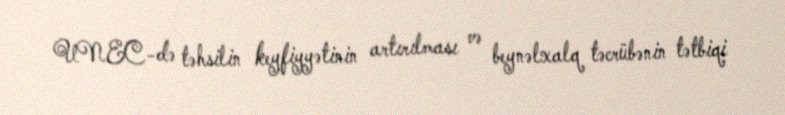
UNEC-də təhsilin keyfiyyətinin artırılması və beynəlxalq təcrübənin tətbiqi